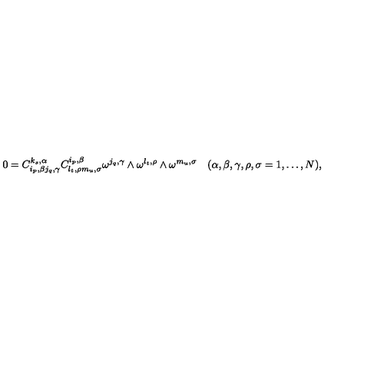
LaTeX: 0 = C _ { i _ { p } , \beta j _ { q } , \gamma } ^ { k _ { s } , \alpha } C _ { l _ { t } , \rho m _ { u } , \sigma } ^ { i _ { p } , \beta } \omega ^ { j _ { q } , \gamma } \wedge \omega ^ { l _ { t } , \rho } \wedge \omega ^ { m _ { u } , \sigma } \quad ( \alpha , \beta , \gamma , \rho , \sigma = 1 , \ldots , N ) ,